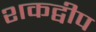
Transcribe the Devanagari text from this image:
शकद्वीप